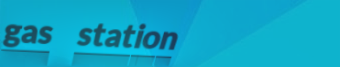
gas station